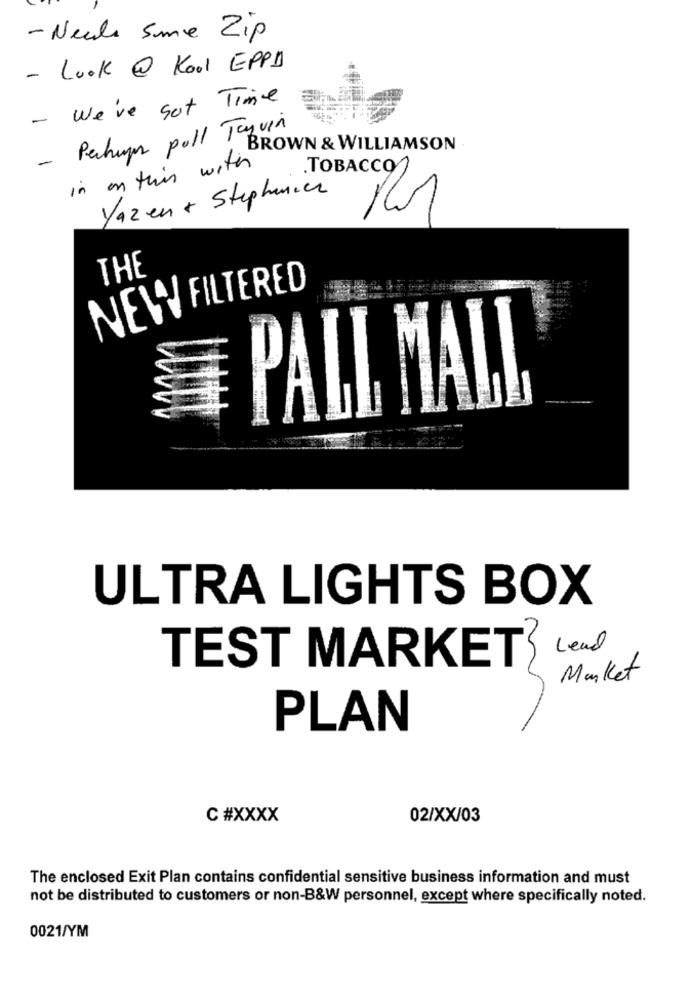
- Neule Sme Zip
-Look @ Kool EPPA
- We've got Time
- Perhaps poll Taquin
BROWN & WILLIAMSON
in on this with
.TOBACCO
Yazen + Stephanien
THE
NEW FILTERED
PALL MALL
ULTRA LIGHTS BOX
Lead
TEST MARKET
Market
PLAN
c #XXXX
02/XX/03
The enclosed Exit Plan contains confidential sensitive business information and must
not be distributed to customers or non-B&W personnel, except where specifically noted.
0021/YM